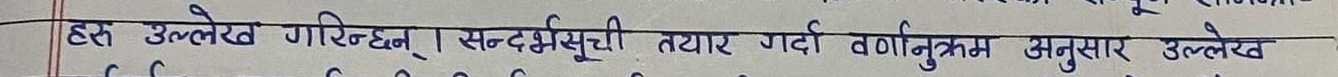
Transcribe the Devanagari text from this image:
हरु उल्लेख गरिनेछन्। सन्दर्भसूची तयार गर्दा वर्णानुक्रम अनुसार उल्लेख